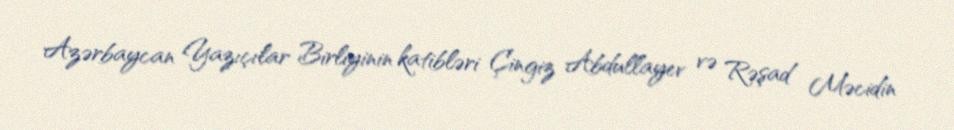
Azərbaycan Yazıçılar Birliyinin katibləri Çingiz Abdullayev və Rəşad Məcidin